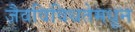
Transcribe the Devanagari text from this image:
जैवविविधतेमधून